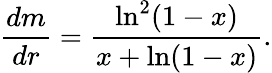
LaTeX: \frac{dm}{dr}=\frac{\ln^{2}(1-x)}{x+\ln(1-x)}.